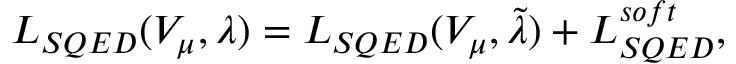
{ \cal L } _ { S Q E D } ( V _ { \mu } , \lambda ) = { \cal L } _ { S Q E D } ( V _ { \mu } , \tilde { \lambda } ) + { \cal L } _ { S Q E D } ^ { s o f t } ,